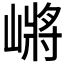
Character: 𰎲